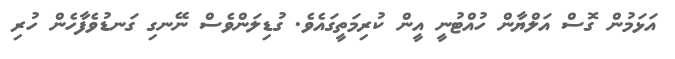
އަޅަމުން ގޮސް އަލްޔާން ހުއްޓުނީ އީން ކުރިމަތީގައެވެ. ގުޑިލަންވެސް ނޭނގި ގަނޑުވެފާހެން ހުރި